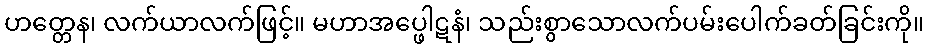
ဟတ္တေန၊ လက်ယာလက်ဖြင့်။ မဟာအပ္ဖေါဋနံ၊ သည်းစွာသောလက်ပမ်းပေါက်ခတ်ခြင်းကို။